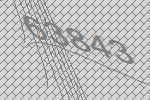
63843